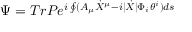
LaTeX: \Psi = T r P e ^ { i \oint ( A _ { \mu } \dot { X } ^ { \mu } - i | \dot { X } | \Phi _ { i } \theta ^ { i } ) d s }